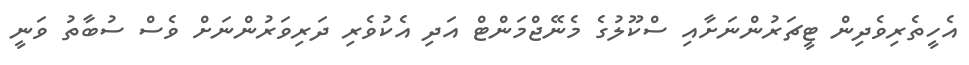
އެހީތެރިވެދިން ޓީޗަރުންނަށާއި ސްކޫލުގެ މެނޭޖްމަންޓް އަދި އެކުވެރި ދަރިވަރުންނަށް ވެސް ސުބާތު ވަނީ